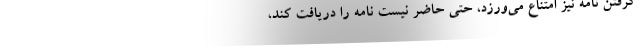
گرفتن نامه نیز امتناع می‌ورزد، حتی حاضر نیست نامه را دریافت کند،